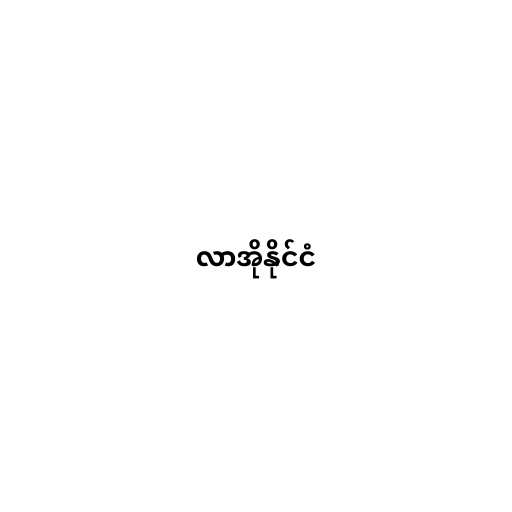
လာအိုနိုင်ငံ